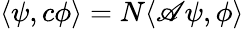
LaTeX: \langle\psi,c\phi\rangle=N\langle\mathscr{A}\psi,\phi\rangle